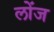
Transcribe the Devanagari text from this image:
लोंज